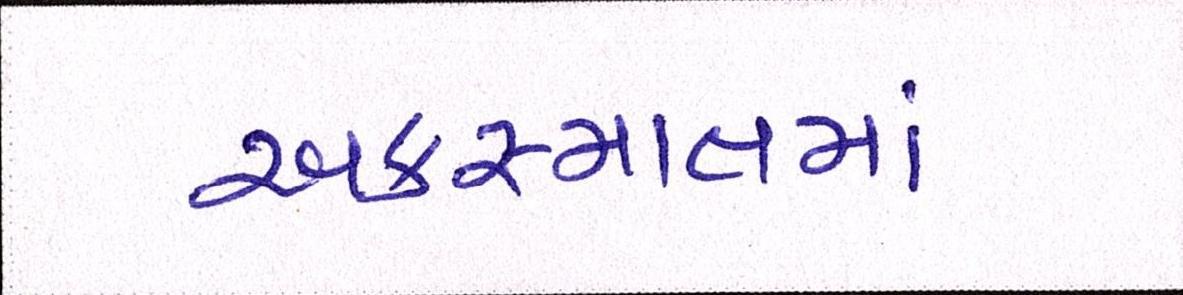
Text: અકસ્માતમાં